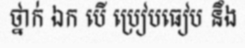
ថ្នាក់ ឯក បើ ប្រៀបធៀប នឹង